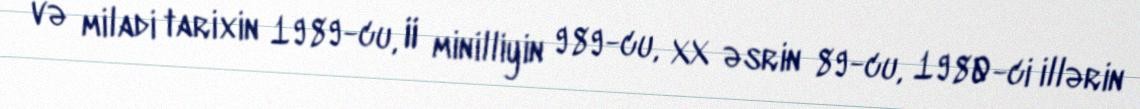
və miladi tarixin 1989-cu, II minilliyin 989-cu, XX əsrin 89-cu, 1980-ci illərin